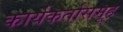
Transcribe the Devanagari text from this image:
कार्यकर्तासमूह